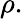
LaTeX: \rho.